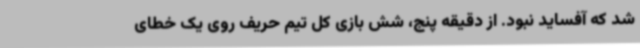
شد که آفساید نبود. از دقیقه پنج، شش بازی کل تیم حریف روی یک خطای